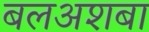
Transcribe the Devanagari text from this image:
बलअशबा